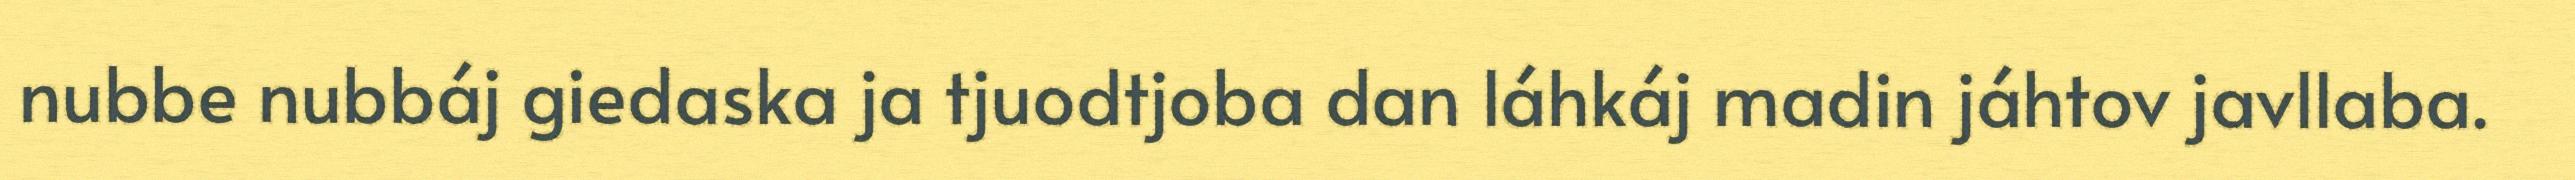
nubbe nubbáj giedaska ja tjuodtjoba dan láhkáj madin jáhtov javllaba.